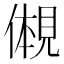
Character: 𫌠